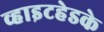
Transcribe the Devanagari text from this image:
व्हाइटहेडके